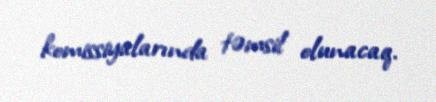
komissiyalarında təmsil olunacaq.